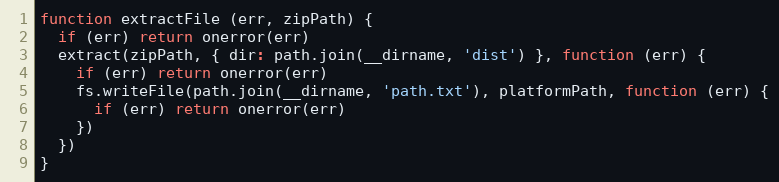
Language: JavaScript
function extractFile (err, zipPath) {
  if (err) return onerror(err)
  extract(zipPath, { dir: path.join(__dirname, 'dist') }, function (err) {
    if (err) return onerror(err)
    fs.writeFile(path.join(__dirname, 'path.txt'), platformPath, function (err) {
      if (err) return onerror(err)
    })
  })
}